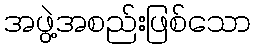
အဖွဲ့အစည်းဖြစ်သော